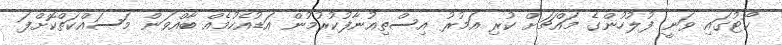
ކޯޓުގައި ވަނީ ފުލުހުންގެ މައްޗަށް ކުރި އަމުރު އިސްތިއުނާފުކުރުމުން އަޑުއެހުމެއް ބާއްވަން މަސައްކަތްކޮށްފަ